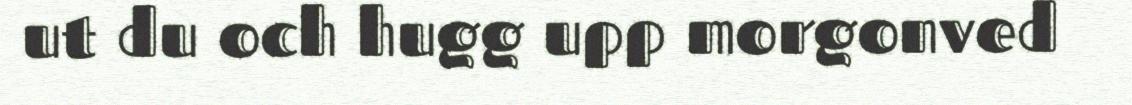
ut du och hugg upp morgonved